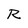
Character: R